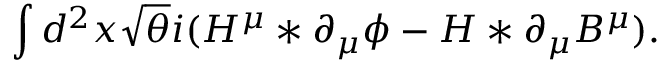
\int d ^ { 2 } x \sqrt { \theta } i ( H ^ { \mu } \ast \partial _ { \mu } \phi - H \ast \partial _ { \mu } B ^ { \mu } ) .